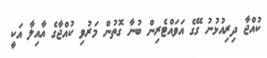
ކުއްޖާ ދިރިއުޅުނު ގޭގެ އަވައްޓެރިން ބުނާ ގޮތުން މަރުވި ކުއްޖާގެ އާއިލާ އަކީ